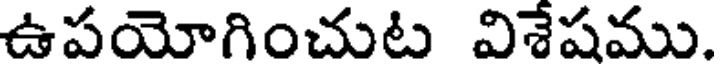
ఉపయోగించుట విశేషము.